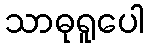
သာဓုရူပေါ